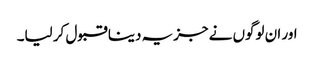
اور ان لوگوں نے جزیہ دینا قبول کر لیا۔